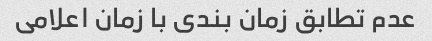
عدم تطابق زمان بندی با زمان اعلامی